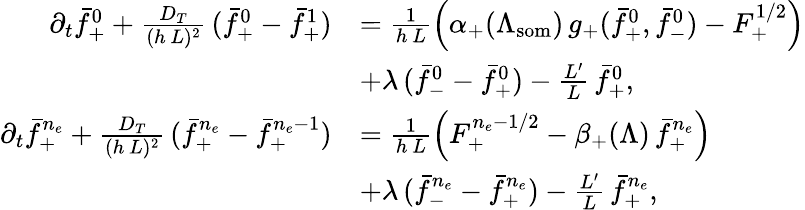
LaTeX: \begin{array}{rl}{\partial_{t}\bar{f}_{+}^{0}+\frac{D_{T}}{(h\, L)^{2}}\, (\bar{f}_{+}^{0}-\bar{f}_{+}^{1})}&{=\frac 1{h\, L}\left(\alpha_{+}(\Lambda_{\mathrm{som}})\, g_{+}(\bar{f}_{+}^{0},\bar{f}_{-}^{0})-F_{+}^{1/2}\right)}\\ &{+\lambda\, (\bar{f}_{-}^{0}-\bar{f}_{+}^{0})-\frac{L^{\prime}}{L}\, \bar{f}_{+}^{0},}\\ {\partial_{t}\bar{f}_{+}^{n_{e}}+\frac{D_{T}}{(h\, L)^{2}}\, (\bar{f}_{+}^{n_{e}}-\bar{f}_{+}^{n_{e}-1})}&{=\frac 1{h\, L}\left(F_{+}^{n_{e}-1/2}-\beta_{+}(\Lambda)\, \bar{f}_{+}^{n_{e}}\right)}\\ &{+\lambda\, (\bar{f}_{-}^{n_{e}}-\bar{f}_{+}^{n_{e}})-\frac{L^{\prime}}{L}\, \bar{f}_{+}^{n_{e}},}\end{array}